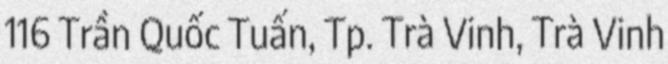
116 Trần Quốc Tuấn, Tp. Trà Vinh, Trà Vinh